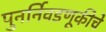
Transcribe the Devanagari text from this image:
पुनर्निवडणूकीचे